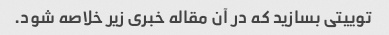
توییتی بسازید که در آن مقاله خبری زیر خلاصه شود.